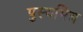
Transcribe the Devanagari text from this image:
पुस्यमित्र